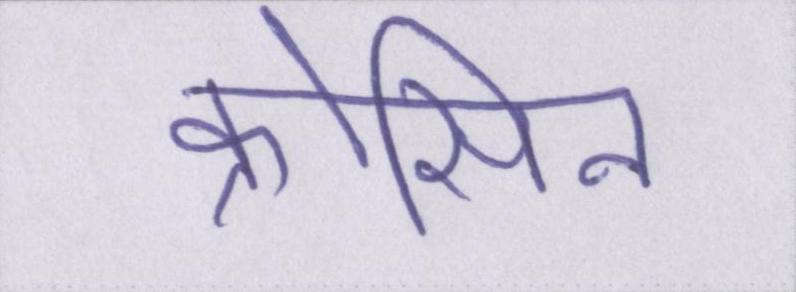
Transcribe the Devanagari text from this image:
क्रोसिन